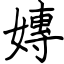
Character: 嫥